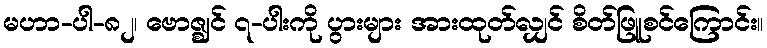
မဟာ-ပါ-၈၂၊ ဗောဇ္ဈင် ၇-ပါးကို ပွားများ အားထုတ်လျှင် စိတ်ဖြူစင်ကြောင်း။